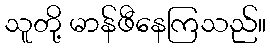
သူတို့ မာန်ဖီနေကြသည်။